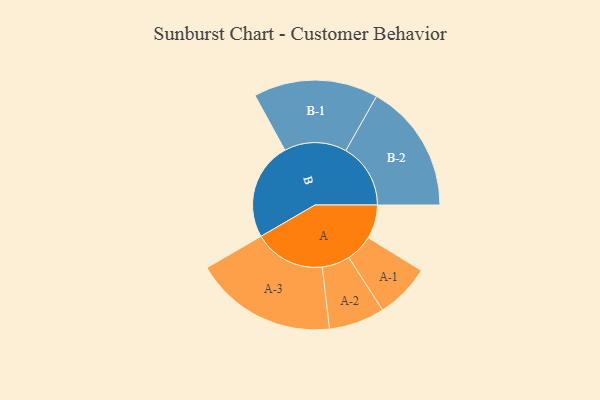
{"axis": {"x": "Segment", "y": "Value"}, "legend": ["", "A", "B"], "data": [{"x": "A", "y": 125, "type": ""}, {"x": "B", "y": 361, "type": ""}, {"x": "A-1", "y": 101, "type": "A"}, {"x": "A-2", "y": 103, "type": "A"}, {"x": "A-3", "y": 263, "type": "A"}, {"x": "B-1", "y": 230, "type": "B"}, {"x": "B-2", "y": 239, "type": "B"}]}